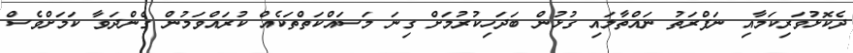
ދެކޮޅުވަރިކަމާއި ނަފްރަތު ނައްތާލައި ގުޅުން ބަދަހިކުރުމަށް ގިނަ މަސައްކަތްތަކެއް ކުރައްވަމުން ގެންދަވާ ކަމަށްވެސް